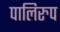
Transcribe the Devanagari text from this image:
पालिरुप